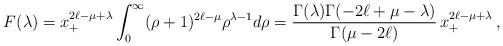
\begin{align*} F(\lambda) = x^{2\ell-\mu+\lambda}_+\int^\infty_0 (\rho+1)^{2\ell-\mu} \rho^{\lambda-1} d\rho = \frac{\Gamma(\lambda)\Gamma(-2\ell+\mu-\lambda)}{\Gamma(\mu-2\ell)}\, x^{2\ell-\mu+\lambda}_+\,,\end{align*}